Report on malaria in the Punjab during the year ...  together with an account of the work of the Punjab Malaria Bureau - Volume 4
Disease focus: Malaria
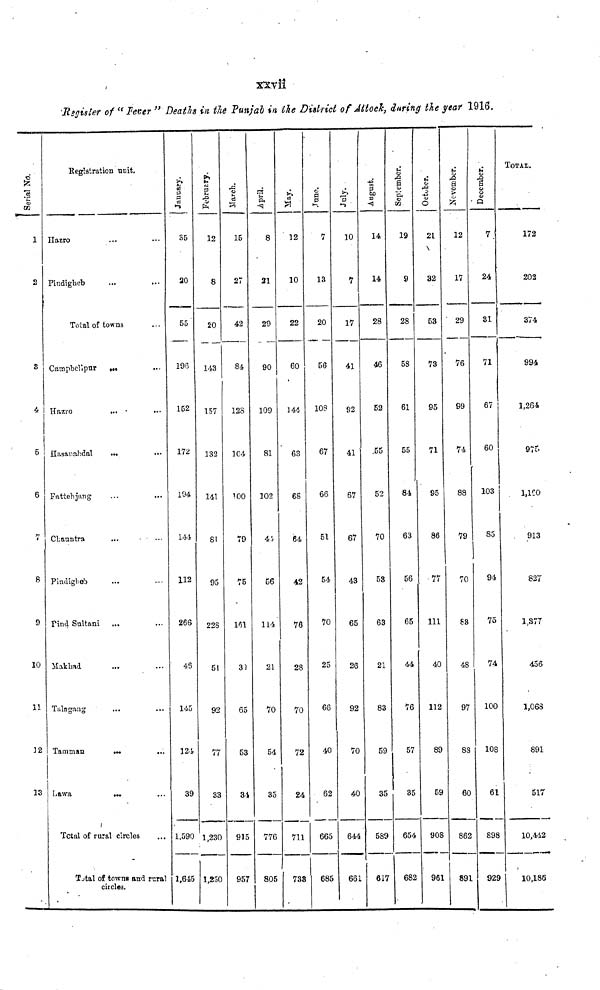
xxvii
Register of "Fever" Death in the Punjab in the District of Attock, during the year 1916.
Serial No.
1
2
3
4
5
6
8
9
10
11
}2
13
Registration unit.
Hazro
Pindigheb
Total of towns
Campbellpur
...
Hazro
...
Hasanabdal
...
Fattehjang
Chauntra
Pindigheb
Find Sultani
Makhad
Talagang
Tamman
...
...
Lawa
...
Total of rural circles
Total of towns and rural
circles.
January.
S5
20
55
196
152
172
104
144
112
266
45
145
124
39
1,590
1,645
February.
12
8
20
143
157
132
141
8!
95
228
51
92
77
33
1,230
1,230
March.
15
27
42
84
128
104
100
79
75
161
32
65
53
3
915
957
April.
8
21
29
90
109
81
102
44
56
114
21
70
54
35
776
805
May.
12
10
22
60
144
63
68
64
42
76
28
70
72
24
711
738
June.
7
13
20
56
108
67
66
51
54
70
25
66
40
62
665
685
July.
10
7
17
41
92
41
67
67
43
65
26
92
70
40
644
661
August.
14
14
28
46
52
.55
52
70
53
63
21
83
59
35
589
617
September.
19
9
28
58
61
55
84
63
56
65
44
76
57
35
654
682
October.
21
32
53
73
95
71
S5
86
77
111
40
112
89
59
908
961
November.
12
17
29
76
99
74
88
79
70
88
48
97
88
60
862
891
December.
7.
24
31
71
67
60
103
85
94
75
74
100
108
61
898
929
TOTAL.
172
202
374
994
1,264
976.
1,160
913
827
1,877
1,068
891
517
10,442
10,186